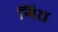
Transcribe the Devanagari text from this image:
गिरा